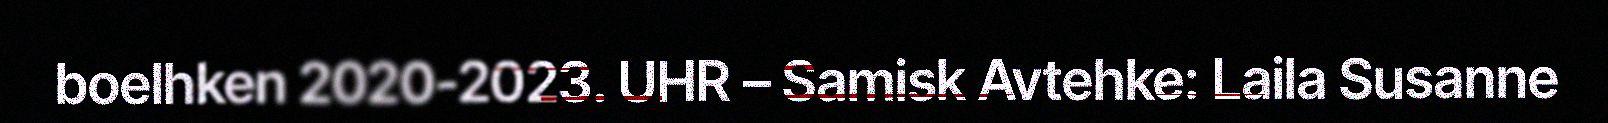
boelhken 2020-2023. UHR – Samisk Avtehke: Laila Susanne